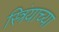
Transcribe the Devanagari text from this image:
स्त्रिंयाच्या